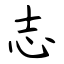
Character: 志